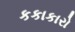
કકાકારો